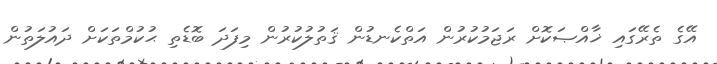
އޭގެ ތެރޭގައި ޚާއްޞަކޮށް ރަޖަމުކުރުން އަތްކެނޑުން ޤަތުލުކުރުން މިފަދަ ބޮޑެތި ޙުކުމްތަކަށް ދައުލަތުން